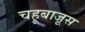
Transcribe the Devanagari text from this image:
चहूबाजूस